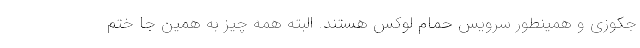
جکوزی و همینطور سرویس حمام لوکس هستند. البته همه چیز به همین جا ختم